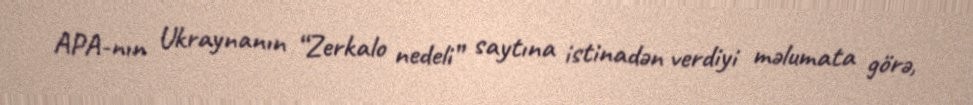
APA-nın Ukraynanın “Zerkalo nedeli” saytına istinadən verdiyi məlumata görə,